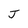
Character: J